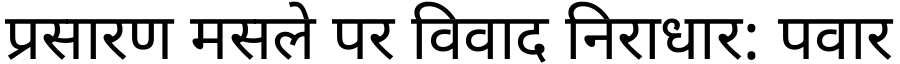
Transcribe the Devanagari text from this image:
प्रसारण मसले पर विवाद निराधार: पवार